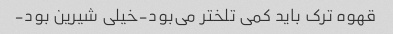
قهوه ترک باید کمی تلختر می‌بود-خیلی شیرین بود-